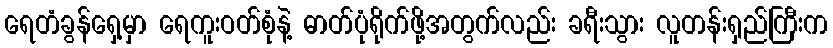
ရေတံခွန်ရှေ့မှာ ရေကူးဝတ်စုံနဲ့ ဓာတ်ပုံရိုက်ဖို့အတွက်လည်း ခရီးသွား လူတန်းရှည်ကြီးက